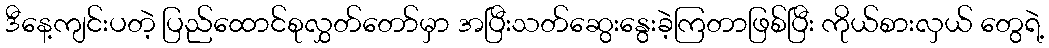
ဒီနေ့ကျင်းပတဲ့ ပြည်ထောင်စုလွှတ်တော်မှာ အပြီးသတ်ဆွေးနွေးခဲ့ကြတာဖြစ်ပြီး ကိုယ်စားလှယ် တွေရဲ့